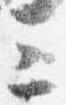
三